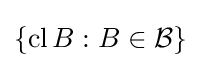
\{\operatorname {cl} B:B\in {\mathcal {B}}\}